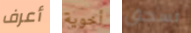
أعرف أخوية تسحق